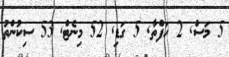
5 މަސް